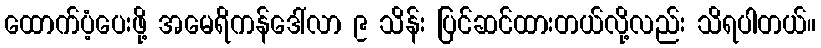
ထောက်ပံ့ပေးဖို့ အမေရိကန်ဒေါ်လာ ၉ သိန်း ပြင်ဆင်ထားတယ်လို့လည်း သိရပါတယ်။